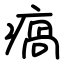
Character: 瘑